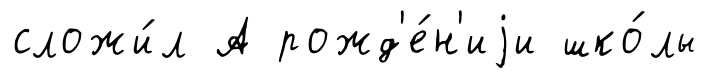
сложи́л А рожд'е́н'иjи шко́лы